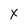
Character: x